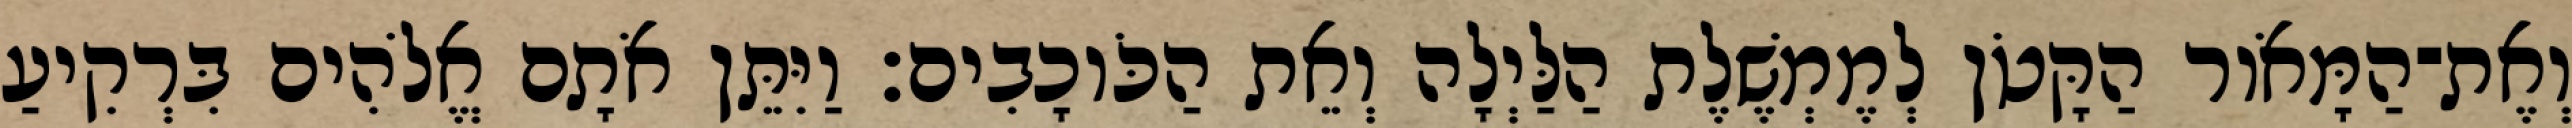
וְאֶת־הַמָּאֹור הַקָּטֹן לְמֶמְשֶׁלֶת הַלַּיְלָה וְאֵת הַכֹּוכָבִים׃ וַיִּתֵּן אֹתָם אֱלֹהִים בִּרְקִיעַ